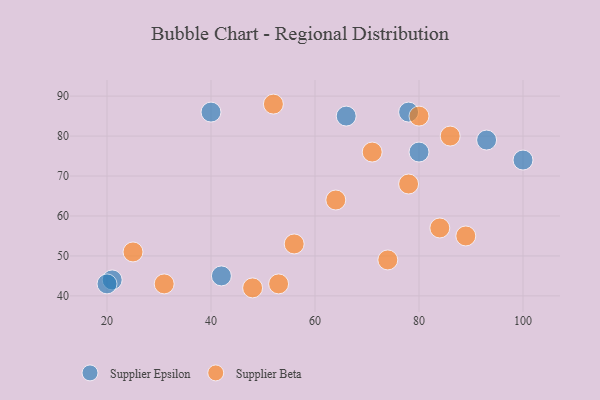
{"axis": {"x": "GDP", "y": "Life Expectancy"}, "legend": ["Supplier Beta", "Supplier Epsilon"], "data": [{"x": "42", "y": 45, "type": "Supplier Epsilon"}, {"x": "21", "y": 44, "type": "Supplier Epsilon"}, {"x": "78", "y": 86, "type": "Supplier Epsilon"}, {"x": "40", "y": 86, "type": "Supplier Epsilon"}, {"x": "66", "y": 85, "type": "Supplier Epsilon"}, {"x": "80", "y": 76, "type": "Supplier Epsilon"}, {"x": "100", "y": 74, "type": "Supplier Epsilon"}, {"x": "20", "y": 43, "type": "Supplier Epsilon"}, {"x": "93", "y": 79, "type": "Supplier Epsilon"}, {"x": "64", "y": 64, "type": "Supplier Beta"}, {"x": "84", "y": 57, "type": "Supplier Beta"}, {"x": "53", "y": 43, "type": "Supplier Beta"}, {"x": "52", "y": 88, "type": "Supplier Beta"}, {"x": "56", "y": 53, "type": "Supplier Beta"}, {"x": "48", "y": 42, "type": "Supplier Beta"}, {"x": "80", "y": 85, "type": "Supplier Beta"}, {"x": "89", "y": 55, "type": "Supplier Beta"}, {"x": "86", "y": 80, "type": "Supplier Beta"}, {"x": "74", "y": 49, "type": "Supplier Beta"}, {"x": "31", "y": 43, "type": "Supplier Beta"}, {"x": "25", "y": 51, "type": "Supplier Beta"}, {"x": "71", "y": 76, "type": "Supplier Beta"}, {"x": "78", "y": 68, "type": "Supplier Beta"}]}